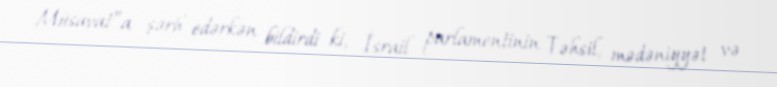
Müsavat”a şərh edərkən bildirdi ki, İsrail parlamentinin Təhsil, mədəniyyət və